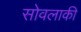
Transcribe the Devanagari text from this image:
सोवलाकी